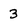
Character: 3